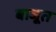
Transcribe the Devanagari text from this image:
बाजूत